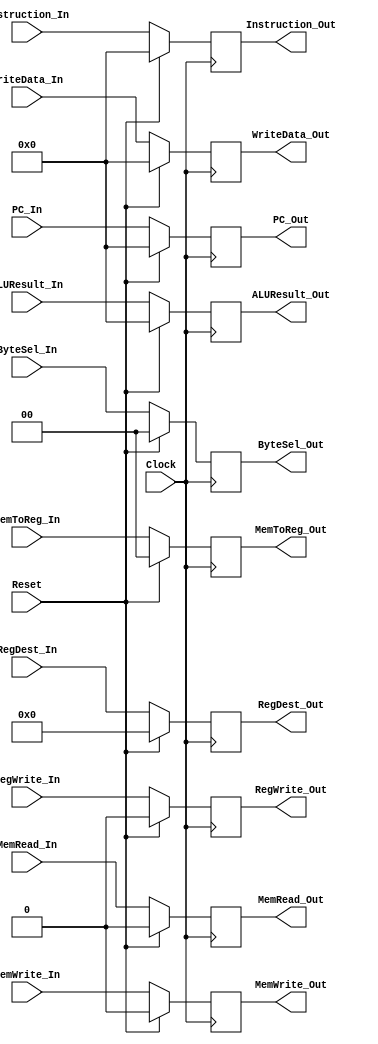
`timescale 1ns / 1ps
//////////////////////////////////////////////////////////////////////////////////
// Company: 
// Engineer: 
// 
// Design Name: 
// Module Name: STAGE_REG_3
// Project Name: 
// Target Devices: 
// Tool Versions: 
// Description: 
// 
// Dependencies: 
// 
// Revision:
// Revision 0.01 - File Created
// Additional Comments:
// 
//////////////////////////////////////////////////////////////////////////////////


module EXMEM_Reg(
    Clock, Reset,
    // Control Input(s)
    MemRead_In, MemWrite_In,  ByteSel_In,
    // Data Input(s)
    ALUResult_In, Instruction_In, MemToReg_In, PC_In, RegDest_In, RegWrite_In, WriteData_In,
    // Control Output(s)
    MemRead_Out, MemWrite_Out, ByteSel_Out,
    // Data Output(s)
    ALUResult_Out, Instruction_Out, MemToReg_Out, PC_Out, RegDest_Out, RegWrite_Out, WriteData_Out);
    
    input Clock, Reset, MemRead_In, MemWrite_In, RegWrite_In;
    input [1:0] ByteSel_In, MemToReg_In;
    input [4:0] RegDest_In;
    input [31:0] ALUResult_In, Instruction_In, PC_In, WriteData_In;
    
    output reg MemRead_Out, MemWrite_Out, RegWrite_Out;
    output reg [1:0] ByteSel_Out, MemToReg_Out;
    output reg [4:0] RegDest_Out;
    output reg [31:0] ALUResult_Out, Instruction_Out, PC_Out, WriteData_Out;
    
    initial begin
        ALUResult_Out <= 32'b0;
        ByteSel_Out <= 2'b0;
        Instruction_Out <= 32'b0;
        MemToReg_Out <= 2'b0;
        MemRead_Out <= 0;
        MemWrite_Out <= 0;
        PC_Out <= 32'b0;
        RegDest_Out <= 5'b0;
        RegWrite_Out <= 0;
        WriteData_Out <= 32'b0;
    end
    
    always @(posedge Clock) begin
        if(Reset) begin
            ALUResult_Out       <= 32'b0;
            ByteSel_Out         <= 2'b0;
            Instruction_Out     <= 32'b0;
            MemToReg_Out        <= 2'b0;
            MemRead_Out         <= 0;
            MemWrite_Out        <= 0;
            PC_Out              <= 32'b0;
            RegDest_Out         <= 5'b0;
            RegWrite_Out        <= 0;
            WriteData_Out       <= 32'b0;
        end else begin
            ALUResult_Out       <= ALUResult_In;
            ByteSel_Out         <= ByteSel_In;
            Instruction_Out     <= Instruction_In;
            MemToReg_Out        <= MemToReg_In;
            MemRead_Out         <= MemRead_In;
            MemWrite_Out        <= MemWrite_In;
            PC_Out              <= PC_In;
            RegDest_Out         <= RegDest_In;
            RegWrite_Out        <= RegWrite_In;
            WriteData_Out       <= WriteData_In;
        end
    end 
endmodule